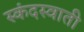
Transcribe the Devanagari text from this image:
स्कंदस्वाती